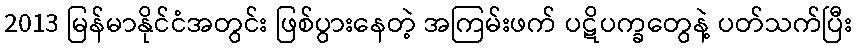
2013 မြန်မာနိုင်ငံအတွင်း ဖြစ်ပွားနေတဲ့ အကြမ်းဖက် ပဋိပက္ခတွေနဲ့ ပတ်သက်ပြီး